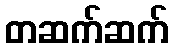
တဆက်ဆက်